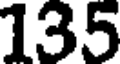
135